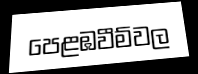
පෙළඹවීම්වල